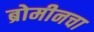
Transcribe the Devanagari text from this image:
ब्रोमीनचा